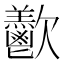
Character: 𪴴